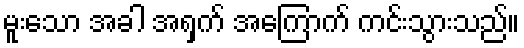
မူးသော အခါ အရှက် အကြောက် ကင်းသွားသည်။